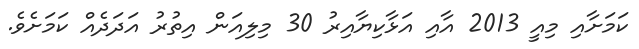
ކަމަށާއި މިއީ 2013 އާއި އަޅާކިޔާއިރު 30 މިލިއަން އިތުރު އަދަދެއް ކަމަށެވެ.